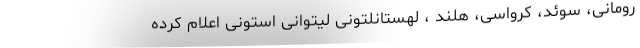
رومانی، سوئد، کرواسی، هلند ، لهستانلتونی لیتوانی استونی اعلام کرده